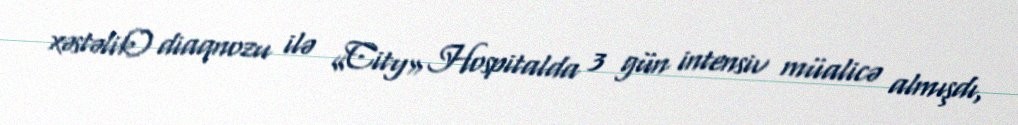
xəstəlik) diaqnozu ilə «City» Hospitalda 3 gün intensiv müalicə almışdı,